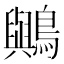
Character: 𪇬